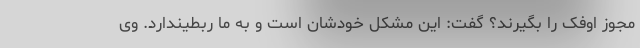
مجوز اوفک را بگیرند؟ گفت: این مشکل خودشان است و به ما ربطیندارد. وی